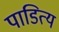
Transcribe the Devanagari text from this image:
पाडित्य